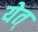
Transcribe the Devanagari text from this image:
येत्